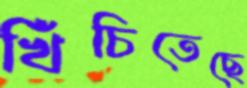
খিঁচিতেছে